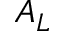
A _ { L }